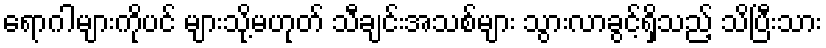
ရောဂါများကိုပင် များသို့မဟုတ် သီချင်းအသစ်များ သွားလာခွင့်ရှိသည့် သိပြီးသား